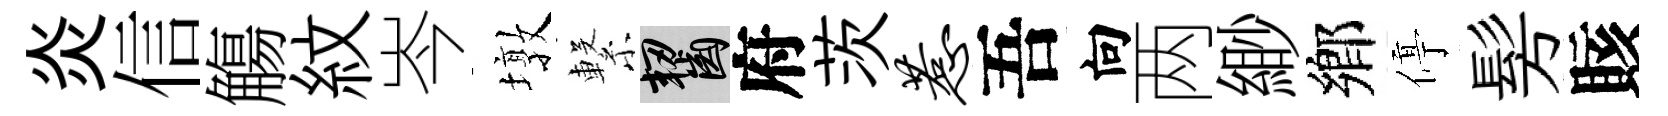
炎信觴紋岑墩繋齧府茨惹吾向两緲鄉停髣賅